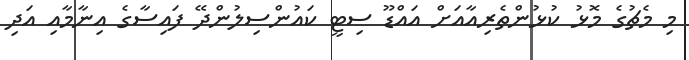
މި މެޗުގެ މޮޅު ކުޅުންތެރިއާއަށް އައްޑޫ ސިޓީ ކައުންސިލުންދޭ ފައިސާގެ އިނާމާއި އަދި